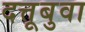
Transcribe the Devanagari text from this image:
दत्तूबुवा